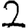
Digit: 2